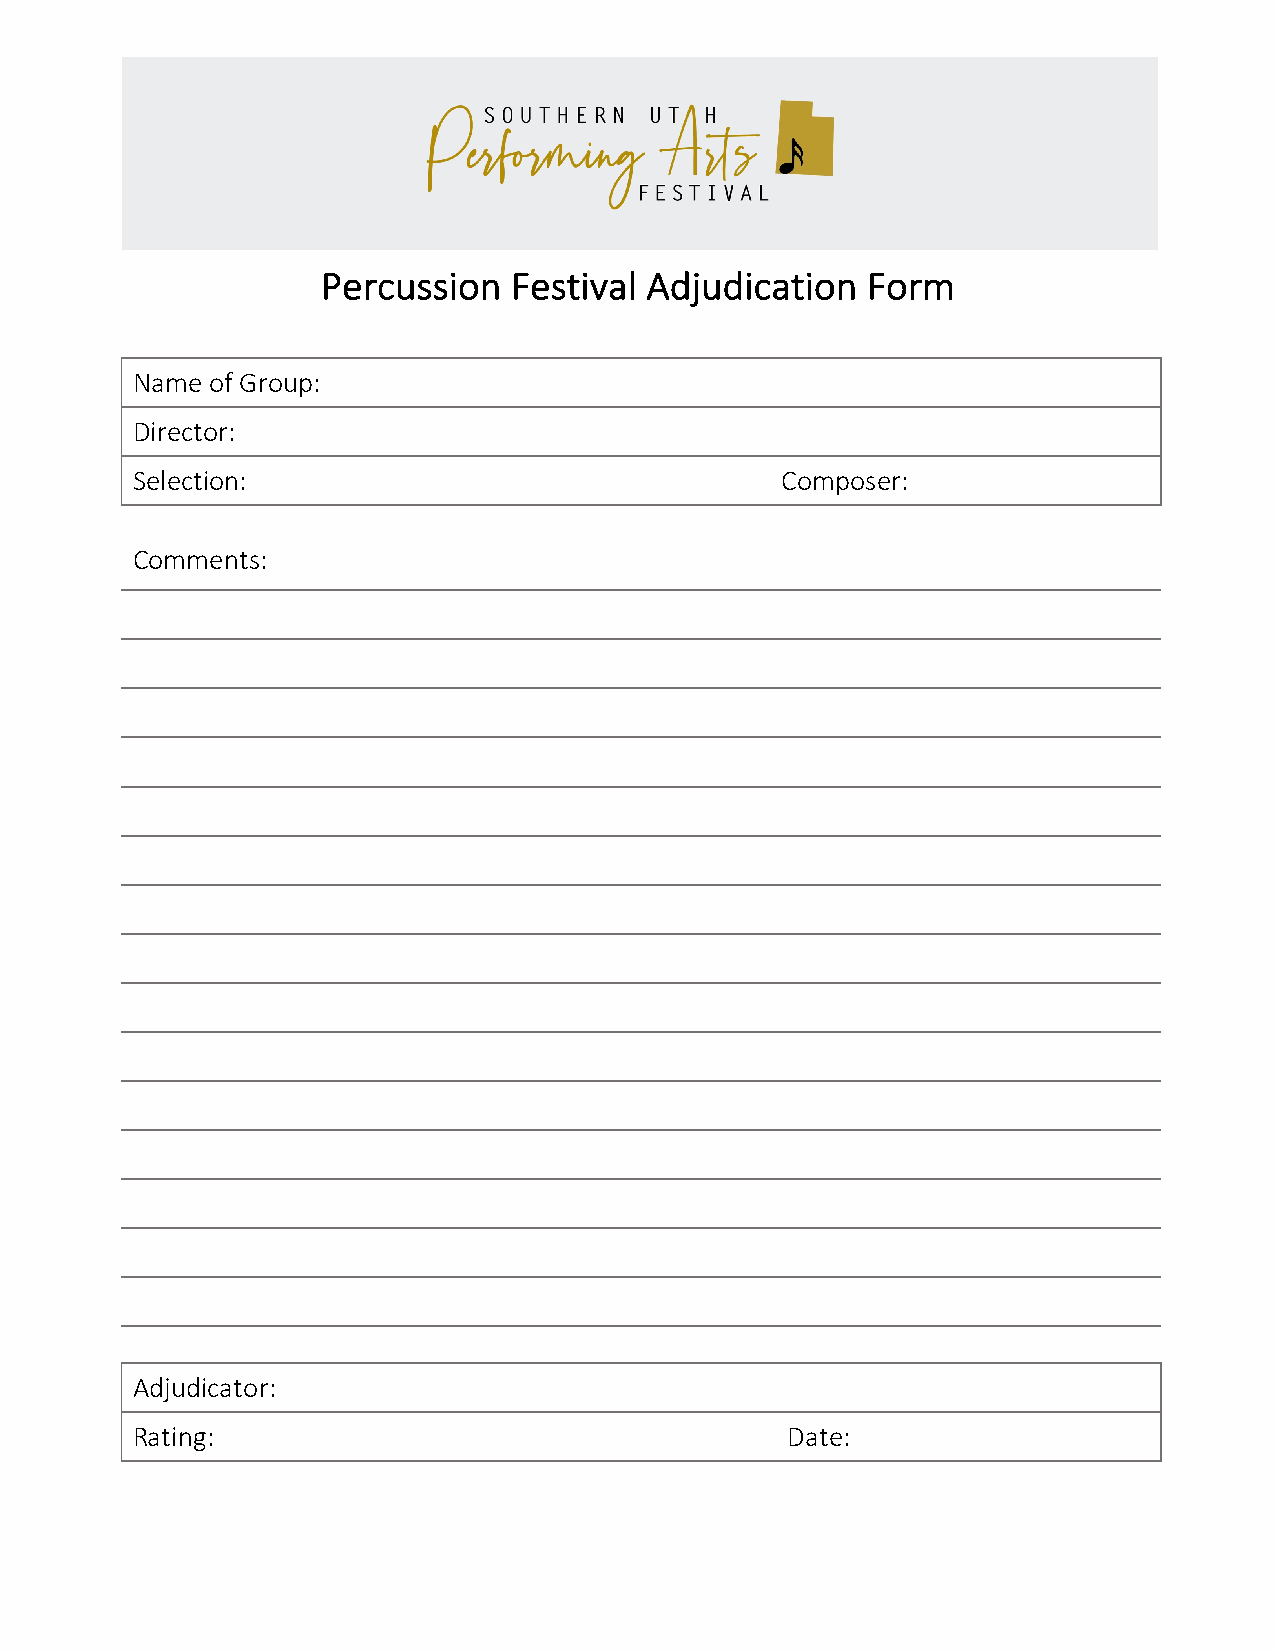
Percussion   Festival Adjudication  Form
 Name of Group:
 Director:
 Selection:                                 Composer:
 Comments:
 Adjudicator:
 Rating:                                    Date: